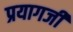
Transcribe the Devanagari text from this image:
प्रयागजी